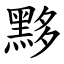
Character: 黟